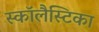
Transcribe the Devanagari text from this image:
स्कॉलैस्टिका